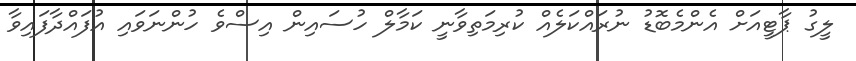
ލީގު ޕާޓީއަށް އެންމެބޮޑު ނުރައްކަލެއް ކުރިމަތިވާނީ ކަމާލް ހުސައިން އިސްވެ ހުންނަވައި އުފައްދާފައިވާ